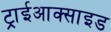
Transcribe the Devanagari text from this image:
ट्राईआक्साइड